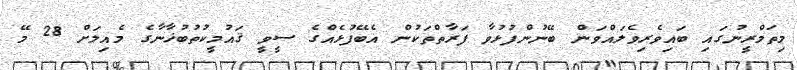
މިތަމްރީނުގައި ބައިވެރިވެލައްވަން ބޭނުންފުޅުވާ ފަރާތްތަކުން އެބޭފުޅެއްގެ ސީވީ ޤައުމީކުތުބުޚާނާގެ މެއިލަށް 28 މޭ